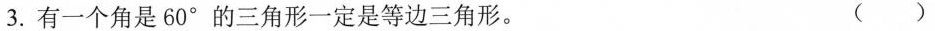
3.有一个角是60°的三角形一定是等边三角形。（）